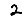
Digit: 2